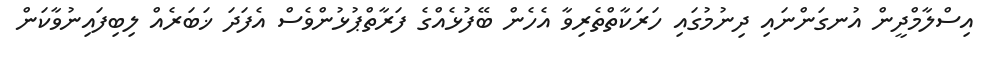
އިސްލާމްދީން އުނގަންނައި ދިނުމުގައި ހަރަކާތްތެރިވާ އެހެން ބޭފުޅެއްގެ ފަރާތްޕުޅުންވެސް އެފަދަ ޚަބަރެއް ލިބިފައިނުވާކަން